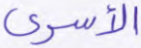
الأسرى